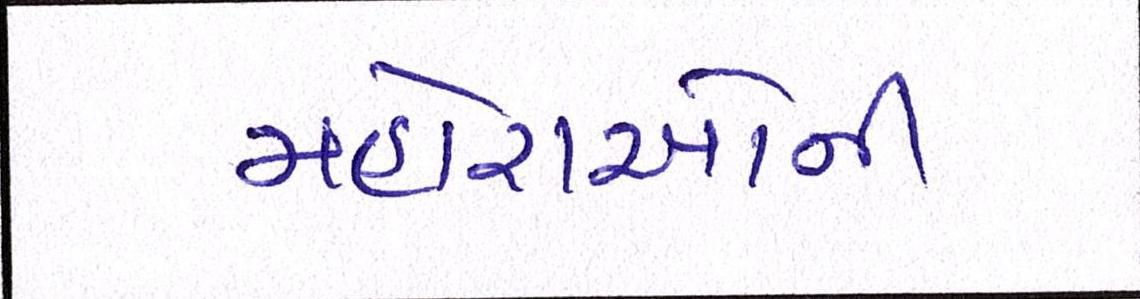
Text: મહોરાઓની